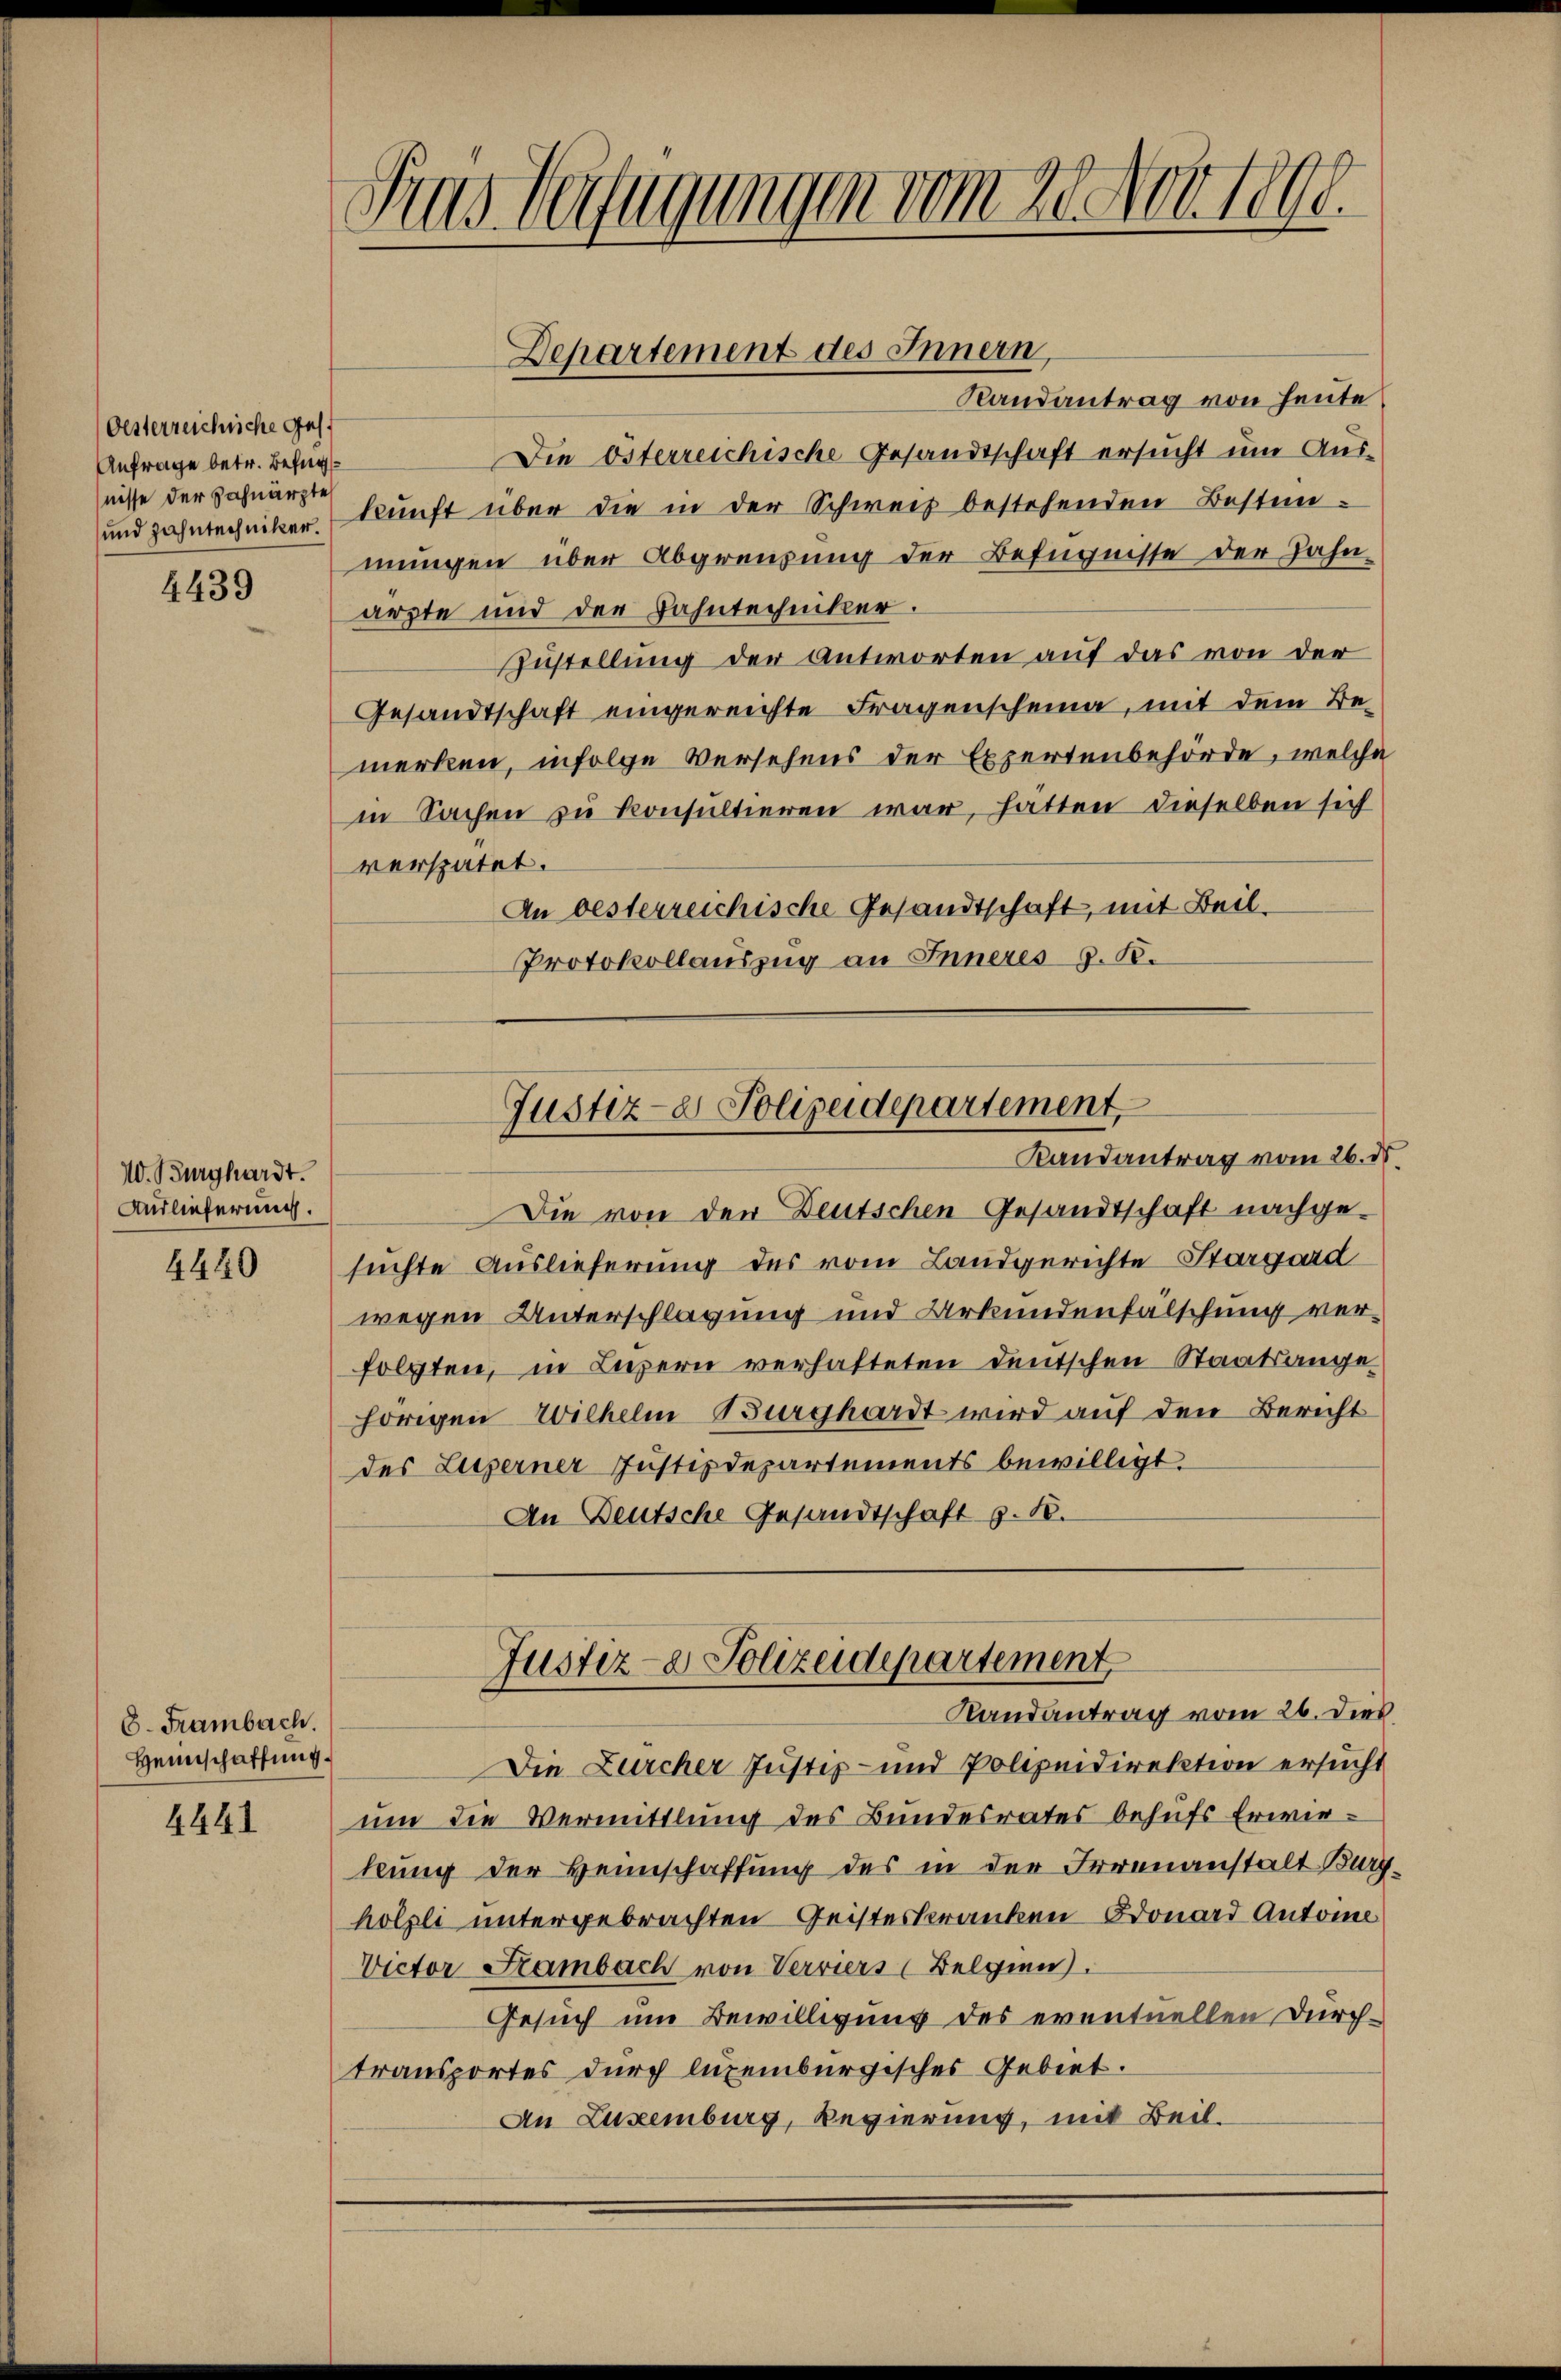
Oesterreichliche Ges.
Anfrage betr. Befug
nisse der Zahnarzte

4439

W. Burghardt.
Auslieferung.

4440

6. Frambach.
Heinschaffung.

4441

Fras Verfügungen vom 20. Nov. 1890.

Departement des Innern,

Justiz- & Polizeidepartement
Randantrag vom 26. ds

Randantrag von heute
Die Osterreichische Gesandtschaft ersucht um Aus-
und Zahntechniker kunft über die in der Schweiz bestehenden Bestimmungen über Abgrenzung der Befugnisse der Zahn
arzte und der Bahntechniker.
Zustellung der antworten auf das von der
Gesandtschaft eingereichte Fragenscheina, mit dem Bemerken, infolge Versehens der Expertenbehörde, welche
in Sachen zu konsultieren war, hätten dieselben sich
verspätet.
An oesterreichische Gesandtschaft, mit Beil.
Protokollauszug an Inneres z. B.

Justiz- & Polizeidepartement
Randantrag vom 26. dies

Die Zürcher Justiz- und Polizeidirektion ersucht
um die Vermittlung des Bundesrates behufs Erwirkung der Heimschaffung des in der Irrenanstalt Burghölzli untergebrachten Geisteskranken Donard Antone
Victor Sambach von Verviers (Belgien.
Gesuch um Bewilligung des eventuellen Durchtransportes durch lizeiburgisches Gebiet.
An Luxenburg, Regierung, mit Beil.

Die von der Deutschen Gesandtschaft nachgesuchte Auslieferung des vom Landgerichte Sargard
wegen Unterschlagung und Urkundenfälschung verfolgten, in Luzern verhafteten Deutschen Staatsangehörigen Wilhelm Burghardt wird auf den Bericht
des Liegerner Justizdepartements bewilligt.
An Deutsche Gesandtschaft S. 18.